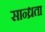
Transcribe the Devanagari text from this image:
सान्ध्रता